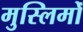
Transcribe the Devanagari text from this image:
मुस्लिमोँ